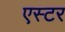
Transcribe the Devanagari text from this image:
एस्‍टर